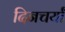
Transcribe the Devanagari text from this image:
दिनचर्यां